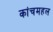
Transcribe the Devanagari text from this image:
कांचमहल